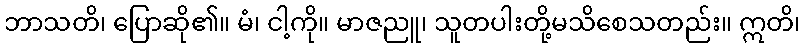
ဘာသတိ၊ ပြောဆို၏။ မံ၊ ငါ့ကို။ မာဇညူ၊ သူတပါးတို့မသိစေသတည်း။ ဣတိ၊